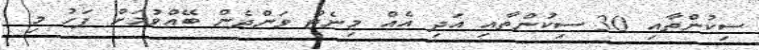
ސިކުންތާއި 30 ސިކުންތާއި އަދި އެއް މިނެޓް ވަންދެން ބޭއްވުމަށް ފަހު މި